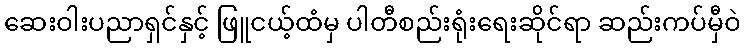
ဆေးဝါးပညာရှင်နှင့် ဖြူငယ့်ထံမှ ပါတီစည်းရုံးရေးဆိုင်ရာ ဆည်းကပ်မှီဝဲ